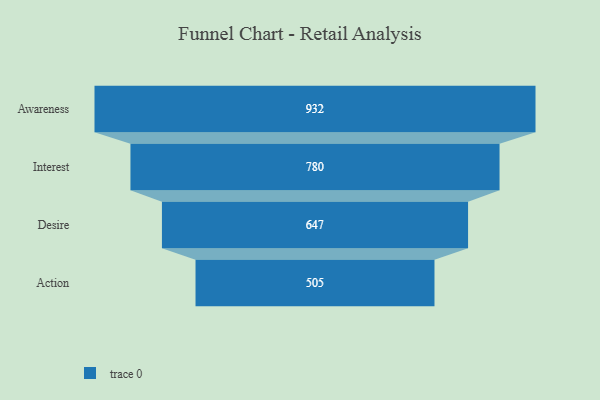
{"axis": {"x": "Stage", "y": "Value"}, "legend": [""], "data": [{"x": "Awareness", "y": 932.0, "type": ""}, {"x": "Interest", "y": 780.0, "type": ""}, {"x": "Desire", "y": 647.0, "type": ""}, {"x": "Action", "y": 505.0, "type": ""}]}